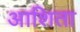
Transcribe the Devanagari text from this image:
आशिता